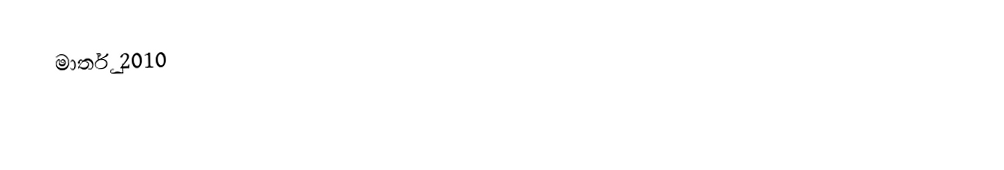
මාර්තු 2010